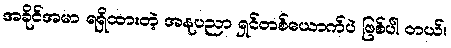
အခိုင်အမာ ရရှိထားတဲ့ အနုပညာ ရှင်တစ်ယောက်ပဲ ဖြစ်ပါ တယ်။